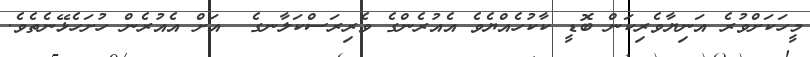
މީހަކަށްވުރެ އަނިޔާވެރިކަން ބޮޑީ ކާކުހެއްޔެވެ އެއުރެންގެ ވެރިރަސްކަލާނގެ  އަށް އެއުރެން ހުށަހެޅޭނެތެވެ.